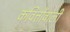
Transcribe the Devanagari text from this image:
कवित्तोंवाली